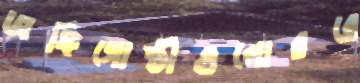
জঙ্গিগোষ্ঠীগুলোররে